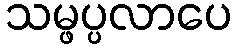
သမ္ဖပ္ပလာပေ